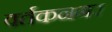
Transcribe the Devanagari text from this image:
वर्तकनगर